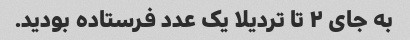
به جای ۲ تا تردیلا یک عدد فرستاده بودید.